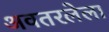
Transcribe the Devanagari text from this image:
अवतरलेला